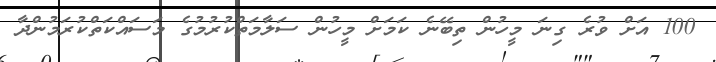
100 އަށް ވުރެ ގިނަ މީހުން ތިބޭނެ ކަމަށް މީހުން ސަލާމަތްކުރުމުގެ މަސައްކަތްކުރަމުންދާ